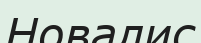
Новалис